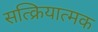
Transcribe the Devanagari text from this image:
सत्क्रियात्मक